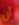
أن